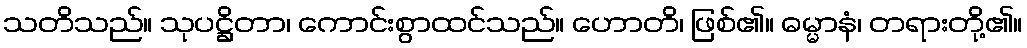
သတိသည်။ သုပဋ္ဌိတာ၊ ကောင်းစွာထင်သည်။ ဟောတိ၊ ဖြစ်၏။ ဓမ္မာနံ၊ တရားတို့၏။